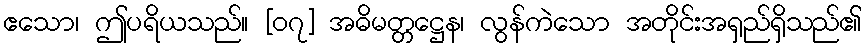
ဧသော၊ ဤပရိယသည်။ [၀၇] အဓိမတ္တဋ္ဌေန၊ လွန်ကဲသော အတိုင်းအရှည်ရှိသည်၏